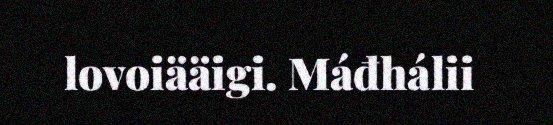
lovoiääigi. Máđhálii